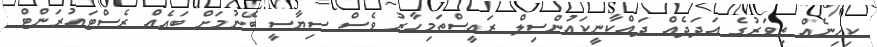
ކިހިނެއް ތިވަރުގެ އަދަދެއް ދައްކާނީކައުންސިލް ރައީސްތަމިހާރު ވެސް ސިޔާސީ ބޭނުމަށް ބައެއް ރެސްޓައުރަންޓް